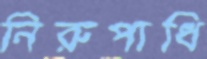
নিরুপাধি